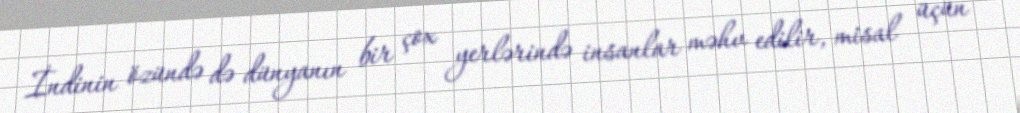
İndinin özündə də dünyanın bir çox yerlərində insanlar məhv edilir, misal üçün